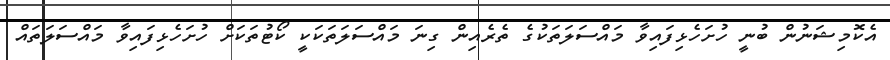
އެކޮމިޝަނުން ބުނީ ހުށަހެޅިފައިވާ މައްސަލަތަކުގެ ތެރެއިން ގިނަ މައްސަލަތަކަކީ ކޯޓުތަކަށް ހުށަހެޅިފައިވާ މައްސަލަތައް